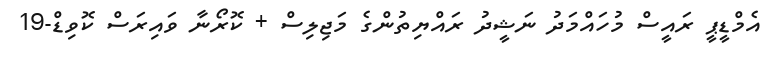
އެމްޑީޕީ ރައީސް މުހައްމަދު ނަޝީދު ރައްޔިތުންގެ މަޖިލިސް + ކޮރޯނާ ވައިރަސް ކޮވިޑް-19